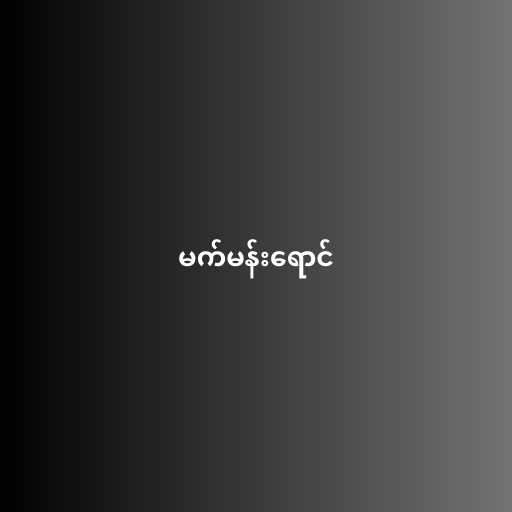
မက်မန်းရောင်